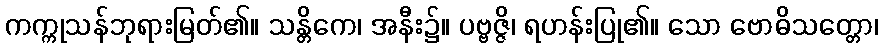
ကက္ကုသန်ဘုရားမြတ်၏။ သန္တိကေ၊ အနီး၌။ ပဗ္ဗဇ္ဇိ၊ ရဟန်းပြု၏။ သော ဗောဓိသတ္တော၊